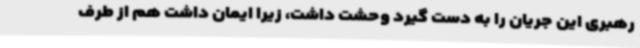
رهبری این جریان را به دست گیرد وحشت داشت، زیرا ایمان داشت هم از طرف